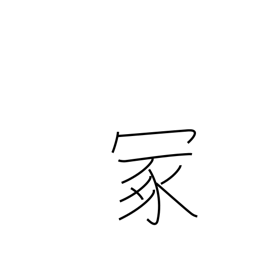
Meaning: hillock